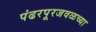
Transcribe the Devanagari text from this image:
पंढरपूरजवळच्या